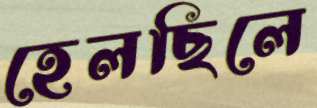
হেলছিলে